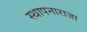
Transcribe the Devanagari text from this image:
स्थापनाराजा